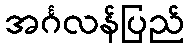
အင်္ဂလန်ပြည်